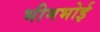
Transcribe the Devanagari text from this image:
भीमभोई